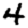
Digit: 4